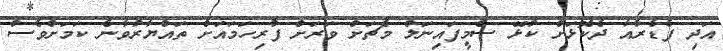
އަދި ފެޑެރާއާ ދެކޮޅަށް ކުޅޭ ސެމީފައިނަލް މެޗަށް ވަރަށް ފުރިހަމައަށް ތައްޔާރުވާނެ ކަމަށްވެސް